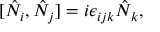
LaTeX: [ \hat { N } _ { i } , \hat { N } _ { j } ] = i \epsilon _ { i j k } \hat { N } _ { k } ,